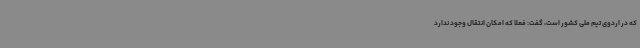
که در اردوی تیم ملی کشور است، گفت: فعلا که امکان انتقال وجود ندارد